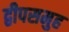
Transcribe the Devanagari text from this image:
द्वीपसमुह